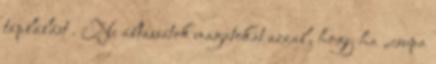
táplálást . Ne áltassátok magatokat azzal, hogy ha „csupa